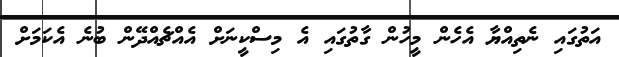
އަތުގައި ނެތިއްޔާ އެހެން މީހުން ގާތުގައި އެ މިސްކީނަށް އެއްޗެއްދޭން ބުނެ އެކަމަށް